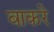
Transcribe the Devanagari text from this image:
बाकरे